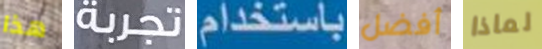
هذا تجربة باستخدام أفضل لماذا